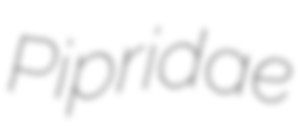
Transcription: Pipridae